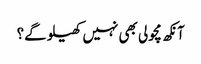
آنکھ مچولی بھی نہیں کھیلو گے؟